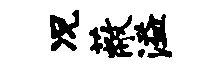
况蔽溢